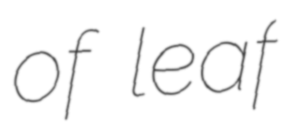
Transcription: of leaf